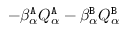
- \beta _ { \alpha } ^ { \tt A } Q _ { \alpha } ^ { \tt A } - \beta _ { \alpha } ^ { \tt B } Q _ { \alpha } ^ { \tt B }